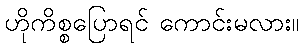
ဟိုကိစ္စပြောရင် ကောင်းမလား။